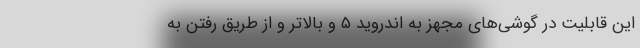
این قابلیت در گوشی‌های مجهز به اندروید ۵ و بالاتر و از طریق رفتن به